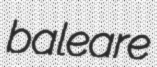
baleare